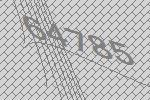
64785